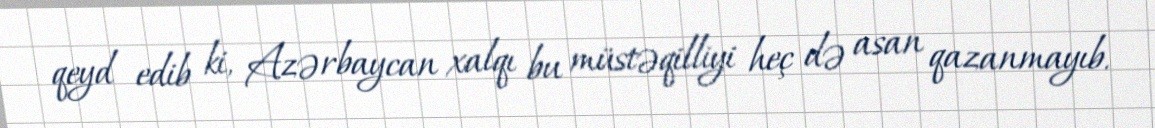
qeyd edib ki, Azərbaycan xalqı bu müstəqilliyi heç də asan qazanmayıb.